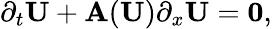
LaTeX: \partial_{t}\mathbf{U}+\mathbf{A}(\mathbf{U})\partial_{x}\mathbf{U}=\mathbf{0},